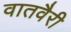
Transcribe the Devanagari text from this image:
वातवैरी